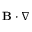
\mathbf { B } \cdot \nabla